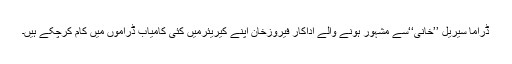
ڈراما سیریل ’’خانی‘‘سے مشہور ہونے والے اداکار فیروزخان اپنے کیریئرمیں کئی کامیاب ڈراموں میں کام کرچکے ہیں۔